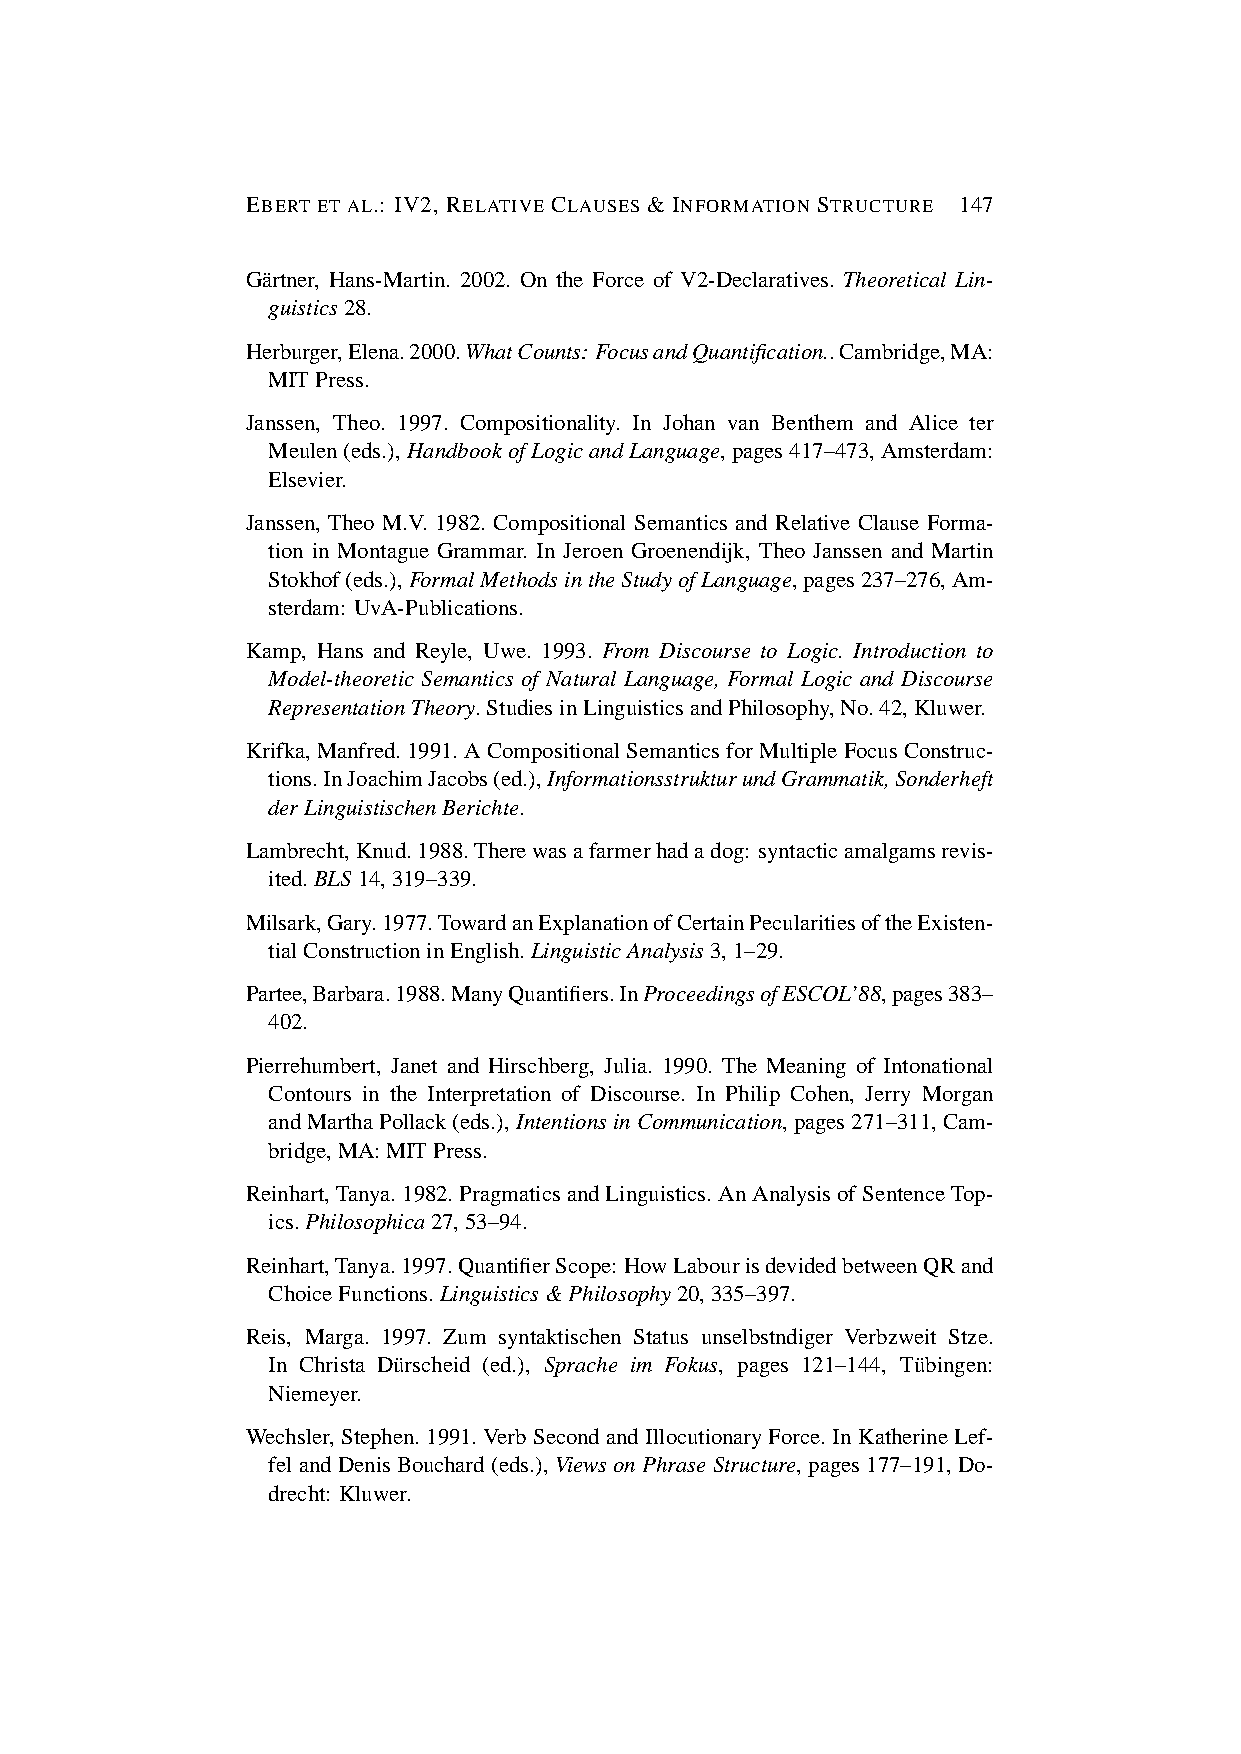
EBERT ET AL.: IV2, RELATIVE CLAUSES & INFORMATION STRUCTURE 147
 Ga¨rtner, Hans-Martin. 2002. On the Force of V2-Declaratives. Theoretical Lin-
 guistics28.
 Herburger,Elena.2000.WhatCounts: FocusandQuantification..Cambridge,MA:
 MITPress.
 Janssen, Theo. 1997. Compositionality. In Johan van Benthem and Alice ter
 Meulen(eds.),HandbookofLogicandLanguage,pages417–473,Amsterdam:
 Elsevier.
 Janssen, Theo M.V. 1982. Compositional Semantics and Relative Clause Forma-
 tion in Montague Grammar. In Jeroen Groenendijk, Theo Janssen and Martin
 Stokhof(eds.),FormalMethodsintheStudyofLanguage,pages237–276,Am-
 sterdam: UvA-Publications.
 Kamp, Hans and Reyle, Uwe. 1993. From Discourse to Logic. Introduction to
 Model-theoretic Semantics of Natural Language, Formal Logic and Discourse
 RepresentationTheory.StudiesinLinguisticsandPhilosophy,No.42,Kluwer.
 Krifka,Manfred.1991.ACompositionalSemanticsforMultipleFocusConstruc-
 tions.InJoachimJacobs(ed.),InformationsstrukturundGrammatik,Sonderheft
 derLinguistischenBerichte.
 Lambrecht,Knud.1988.Therewasafarmerhadadog: syntacticamalgamsrevis-
 ited.BLS14,319–339.
 Milsark,Gary.1977.TowardanExplanationofCertainPecularitiesoftheExisten-
 tialConstructioninEnglish.LinguisticAnalysis3,1–29.
 Partee,Barbara.1988.ManyQuantifiers.InProceedingsofESCOL’88,pages383–
 402.
 Pierrehumbert, Janet and Hirschberg, Julia. 1990. The Meaning of Intonational
 Contours in the Interpretation of Discourse. In Philip Cohen, Jerry Morgan
 andMarthaPollack(eds.),IntentionsinCommunication,pages271–311,Cam-
 bridge,MA:MITPress.
 Reinhart,Tanya.1982.PragmaticsandLinguistics.AnAnalysisofSentenceTop-
 ics.Philosophica27,53–94.
 Reinhart,Tanya.1997.QuantifierScope: HowLabourisdevidedbetweenQRand
 ChoiceFunctions.Linguistics&Philosophy20,335–397.
 Reis, Marga. 1997. Zum syntaktischen Status unselbstndiger Verbzweit Stze.
 In Christa Du¨rscheid (ed.), Sprache im Fokus, pages 121–144, Tu¨bingen:
 Niemeyer.
 Wechsler, Stephen. 1991. Verb Second and Illocutionary Force. In Katherine Lef-
 felandDenisBouchard(eds.), ViewsonPhraseStructure, pages177–191, Do-
 drecht: Kluwer.